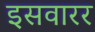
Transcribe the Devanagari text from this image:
इसवारर